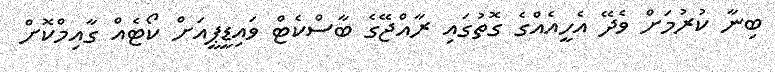
ބިނާ ކުރުމަށް ވެދޭ އެހީއެއްގެ ގޮތުގައި ރާއްޖޭގެ ބާސްކެޓް ވައިޑީޕީއަށް ކޯޓެއް ގާއިމްކޮށް